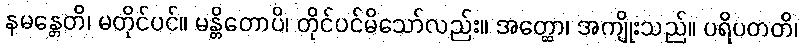
နမန္တေတိ၊ မတိုင်ပင်။ မန္တိတောပိ၊ တိုင်ပင်မိသော်လည်း။ အတ္ထော၊ အကျိုးသည်။ ပရိပတတိ၊